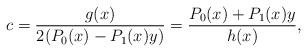
LaTeX: \begin{align*} c = \frac{g(x)}{2(P_0(x) - P_1(x) y)} = \frac{P_0(x) + P_1(x) y}{h(x)},\end{align*}